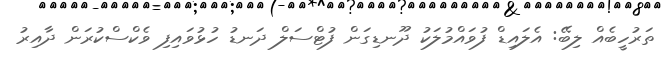
ތަރުހީބެއް ލިބޭ: އެލައިޑް ފުވައްމުލަކު ދޫނޑިގަން ފުޓްސަލް ދަނޑު ހުޅުވައިފި ވެކްސްކުރަން ދާއިރު